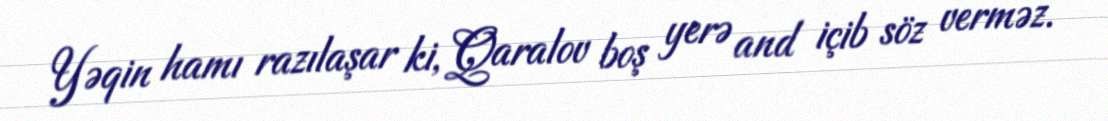
Yəqin hamı razılaşar ki, Qaralov boş yerə and içib söz verməz.